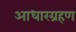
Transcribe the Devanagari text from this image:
आधारग्रहण